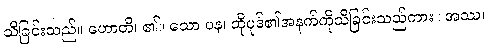
သိခြင်းသည်။ ဟောတိ၊ ၏။ သော ပန၊ ထိုပုဒ်၏အနက်ကိုသိခြင်းသည်ကား။ အဿ၊